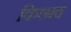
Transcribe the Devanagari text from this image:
किछाव